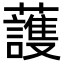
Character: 䕶